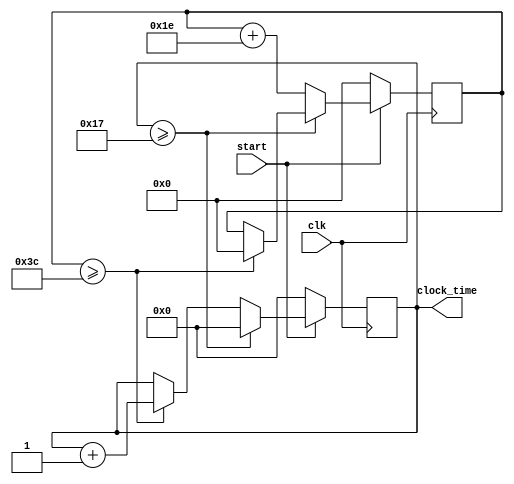
module Clock (
    input start,
    input clk,
    output reg [11:0] clock_time
);
    reg [12:0] counter;
    always @(posedge clk) begin
        if (~start) begin
            clock_time <= 0;
            counter <= 0;
        end
        else begin
            if (counter >= 60) begin
                clock_time <= clock_time + 1;
                counter <= 0;
            end
            if (clock_time >= 23) begin
                clock_time <= 0;
            end
            else begin
                counter <= counter + 30;
            end
        end
    end
    
endmodule